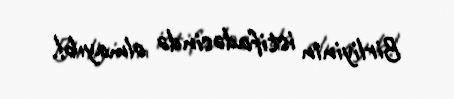
Birliyinin istifadəsində olmayıb!.